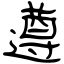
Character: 遵